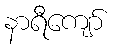
နာရီကျော်